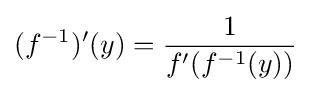
(f^{-1})^{\prime }(y)={\frac {1}{f^{\prime }(f^{-1}(y))}}